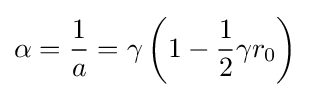
\alpha ={\frac {1}{a}}=\gamma \left(1-{\frac {1}{2}}\gamma r_{0}\right)